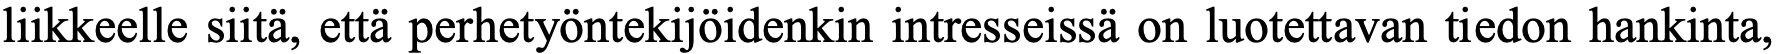
liikkeelle siitä, että perhetyöntekijöidenkin intresseissä on luotettavan tiedon hankinta,